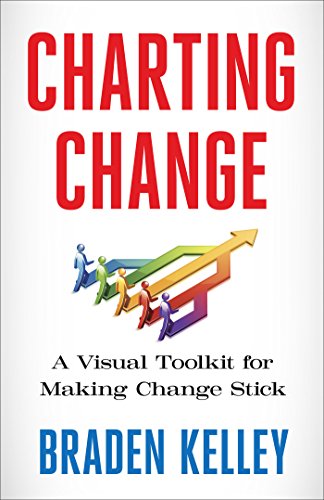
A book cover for Charting Change: A Visual Toolkit for Making Change Stick; Braden Kelley; Business & Money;